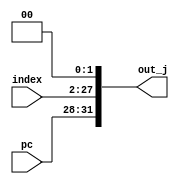
//
module Concatenater
(
	pc,
	index,
	out_j
);
	input [31:28]pc;
	input [25:0]index;
	output [31:0]out_j;

	assign out_j = {pc[31:28], index[25:0], 2'b0};
endmodule